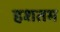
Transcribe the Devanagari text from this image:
हशतम